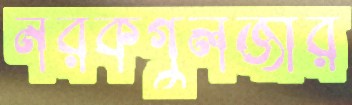
নরকগুলজার